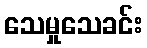
သေမှုသေခင်း